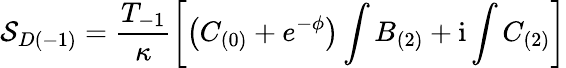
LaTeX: {\cal S}_{D(-1)}=\frac{T_{-1}}{\kappa}\left[\left(C_{(0)}+e^{-\phi}\right)\int B_{(2)}+\mathrm{i}\int C_{(2)}\right]